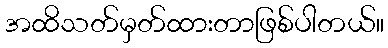
အထိသတ်မှတ်ထားတာဖြစ်ပါတယ်။